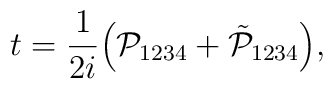
t =\frac{1}{2i} \Big(\mathcal P_{1234} + \tilde{\mathcal{P}}_{1234}\Big),